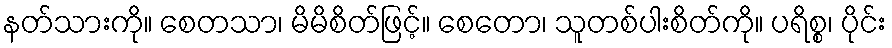
နတ်သားကို။ စေတသာ၊ မိမိစိတ်ဖြင့်။ စေတော၊ သူတစ်ပါးစိတ်ကို။ ပရိစ္စ၊ ပိုင်း